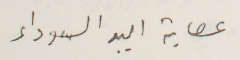
عصابة اليد السوداء